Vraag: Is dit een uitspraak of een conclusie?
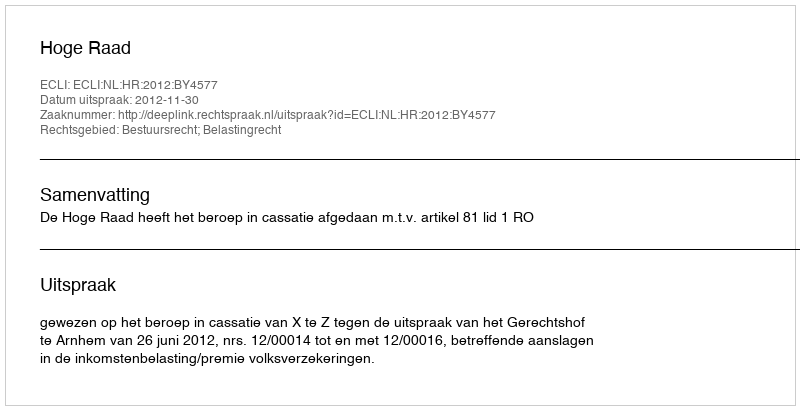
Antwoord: Uitspraak